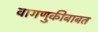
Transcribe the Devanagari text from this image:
वागणुकीबाबत